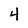
Character: 4